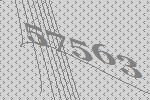
57563